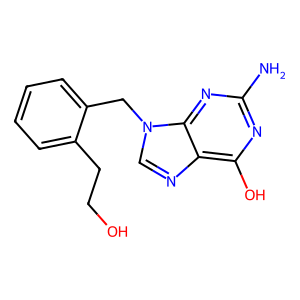
SMILES: Nc1nc(O)c2ncn(Cc3ccccc3CCO)c2n1
Inhibits HIV replication: No